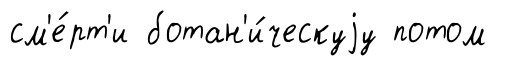
см'е́рт'и ботан'и́ческуjу потом